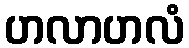
ဟလာဟလံ